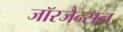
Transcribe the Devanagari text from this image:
जॉरजैन्सन